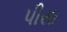
પીસા